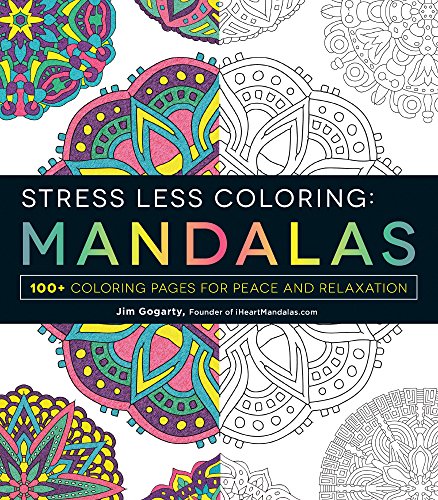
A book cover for Stress Less Coloring - Mandalas: 100+ Coloring Pages for Peace and Relaxation; Jim Gogarty; Humor & Entertainment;